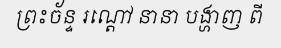
ព្រះច័ន្ទ រណ្តៅ នានា បង្ហាញ ពី